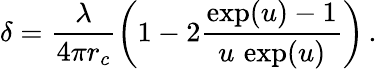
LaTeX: \delta=\frac{\lambda}{4\pi r_{c}}\left(1-2\frac{\exp(u)-1}{u\, \exp(u)}\right)\, .